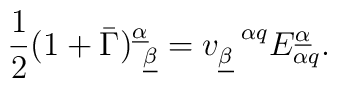
{1\over 2}(1+\bar\Gamma)^{\underline\alpha}_{~\underline\beta}=v_{\underline\beta}^{~~\alpha q}E_{\alpha q}^{\underline\alpha}.